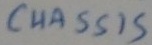
Text: CHASSIS